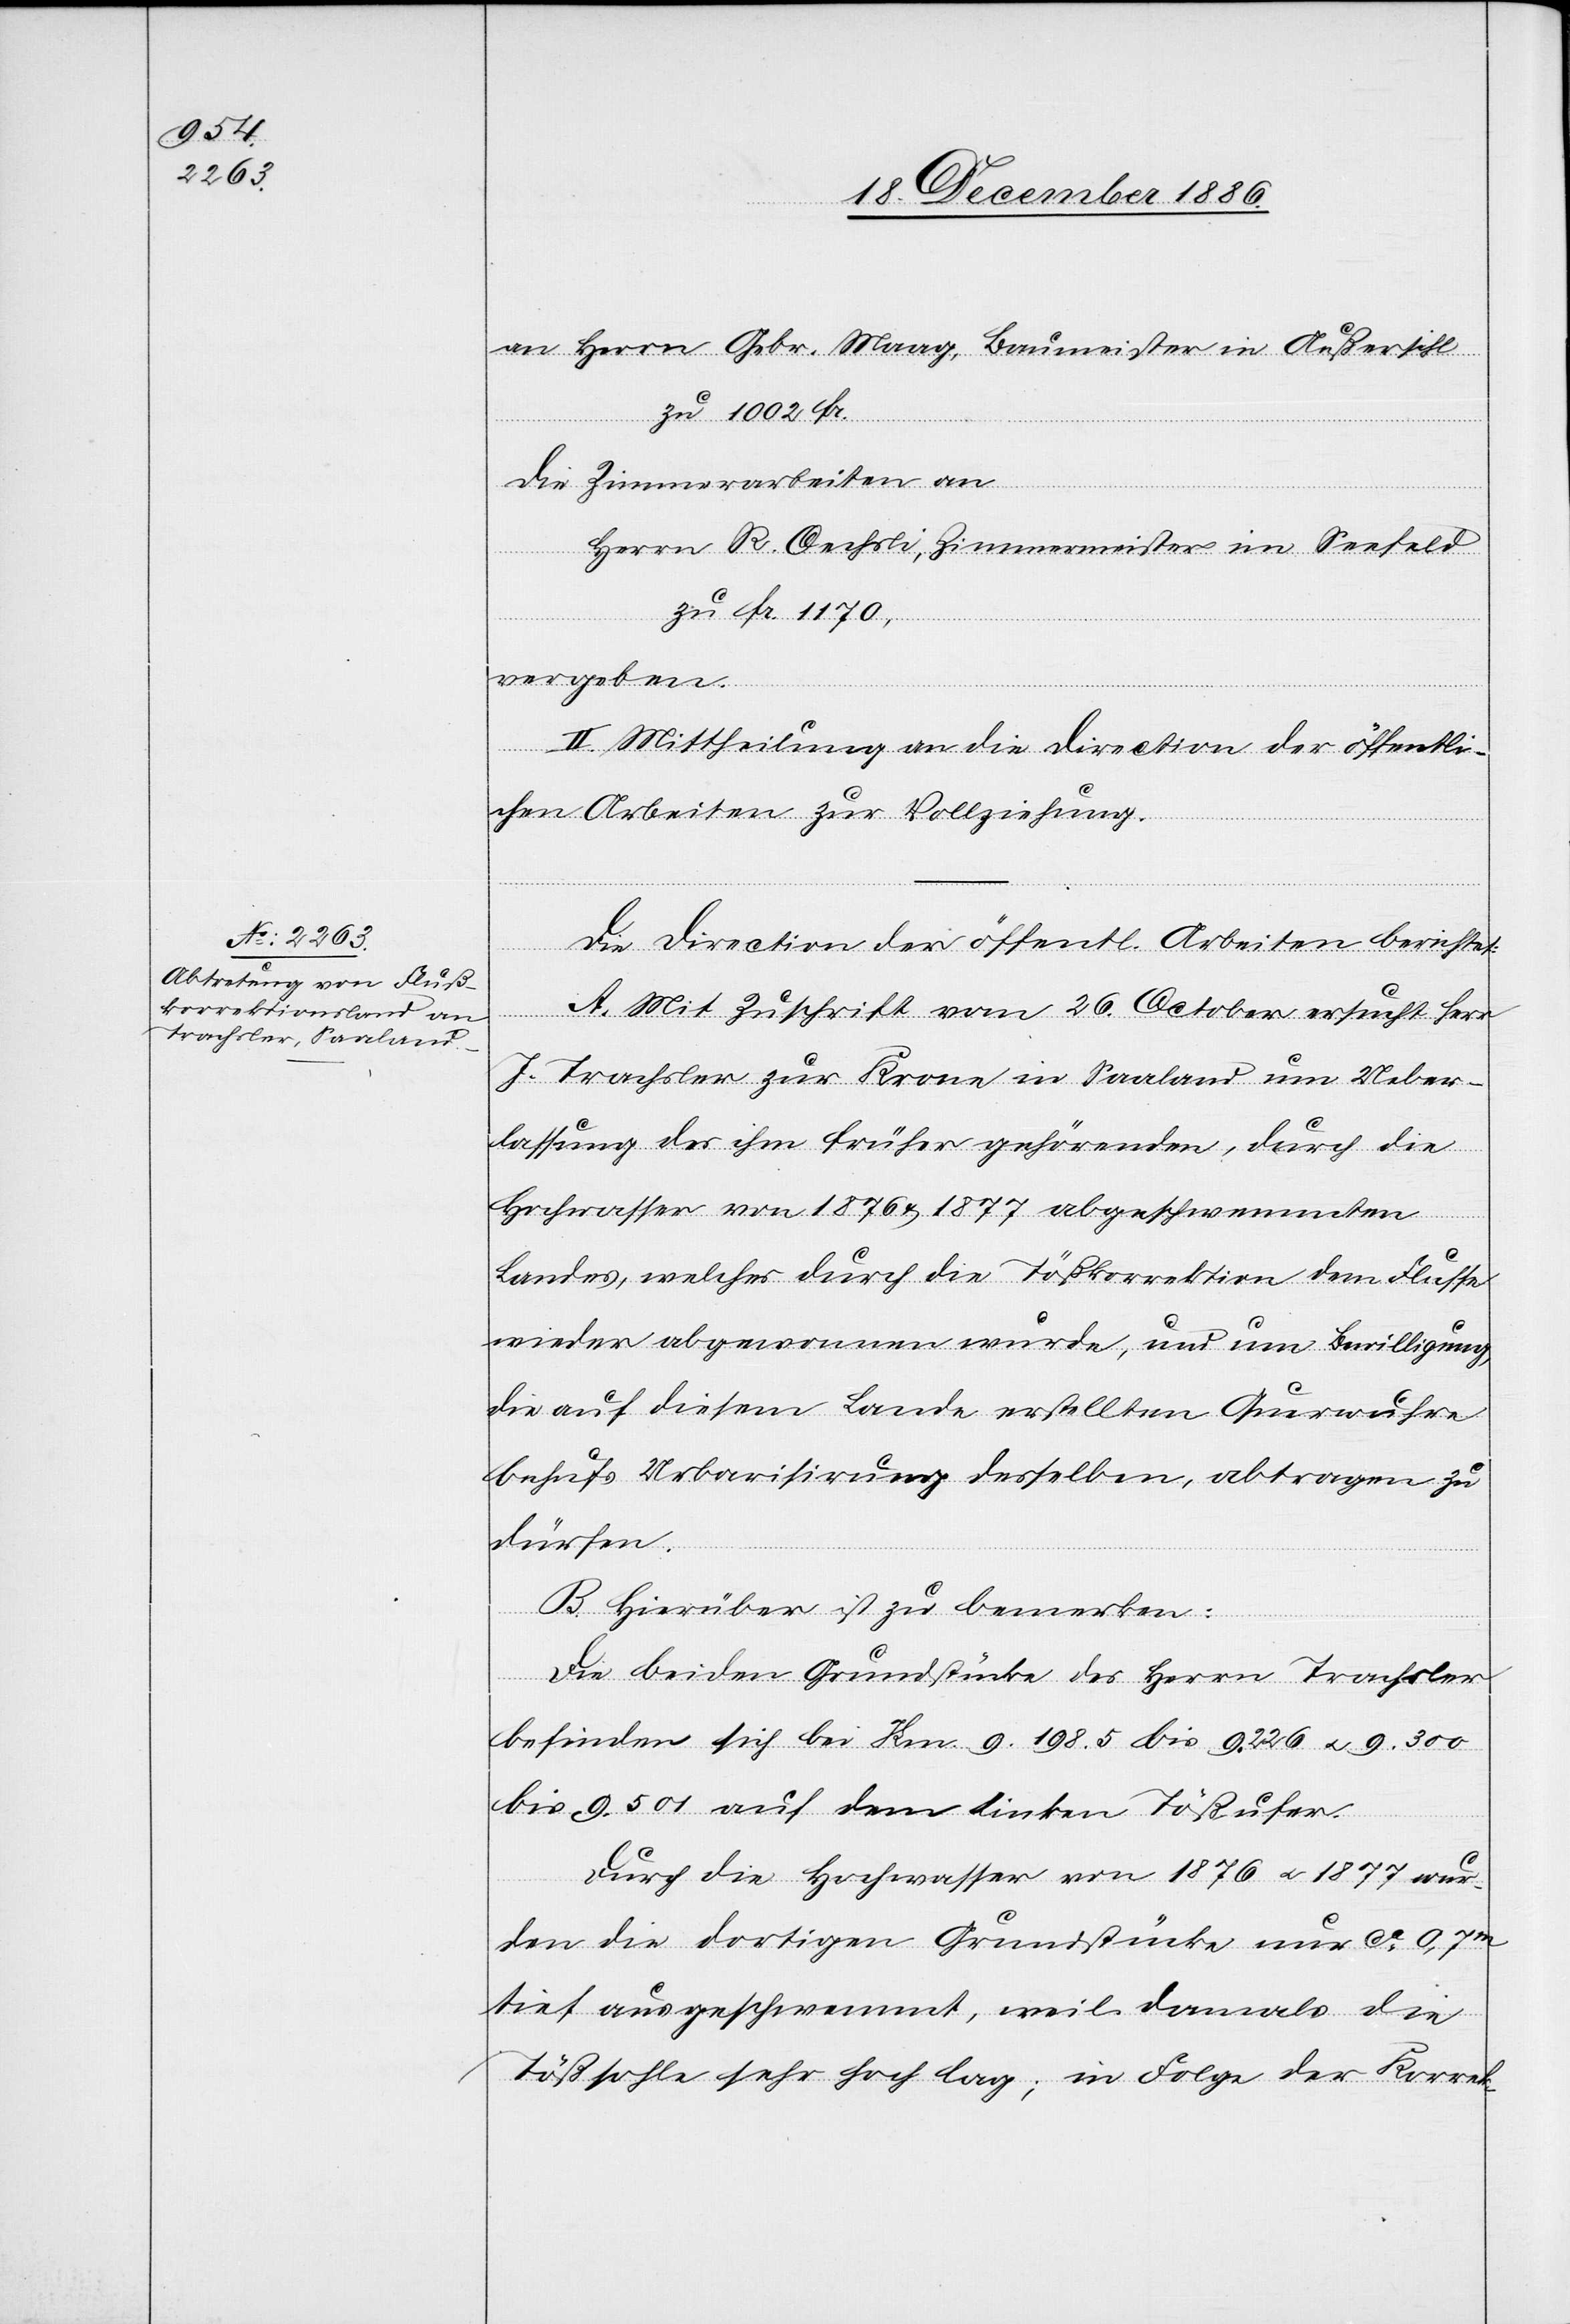
an Herrn Gebr. Maag, Baumeister in Außersihl
zu 1002 Fr.
die Zimmerarbeiten an
Herrn R. Oechsli, Zimmermeister im Seefeld
zu Fr. 1170,
vergeben.
II. Mittheilung an die Direction der öffentli¬
chen Arbeiten zur Vollziehung.
Die Direction der öffentl. Arbeiten berichtet:
A. Mit Zuschrift vom 26. October ersucht Herr
J. Trachsler zur Krone in Saaland um Ueber¬
lassung des ihm früher gehörenden, durch die
Hochwasser von 1876 & 1877 abgeschwemmten
Landes, welches durch die Tößkorrektion dem Flusse
wieder abgewonnen wurde, und um Bewilligung,
die auf diesem Lande erstellten Querwuhre
behufs Urbarisirung desselben, abtragen zu
dürfen.
B. Hierüber ist zu bemerken:
Die beiden Grundstücke des Herrn Trachsler
befinden sich bei Km. 9.198.5 bis 9.226 & 9.300
bis 9.501 auf dem linken Tößufer.
Durch die Hochwasser von 1876 & 1877 wur¬
den die dortigen Grundstücke nur ca 0,7m
tief ausgeschwemmt, weil damals die
Tößsohle sehr hoch lag; in Folge der Korrek-